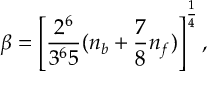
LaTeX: \beta = \left[ { \frac { 2 ^ { 6 } } { 3 ^ { 6 } 5 } } ( n _ { b } + { \frac { 7 } { 8 } } n _ { f } ) \right] ^ { \frac { 1 } { 4 } } ,